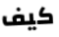
كيف